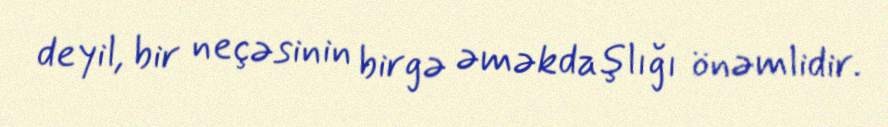
deyil, bir neçəsinin birgə əməkdaşlığı önəmlidir.